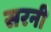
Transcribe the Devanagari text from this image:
सरनी